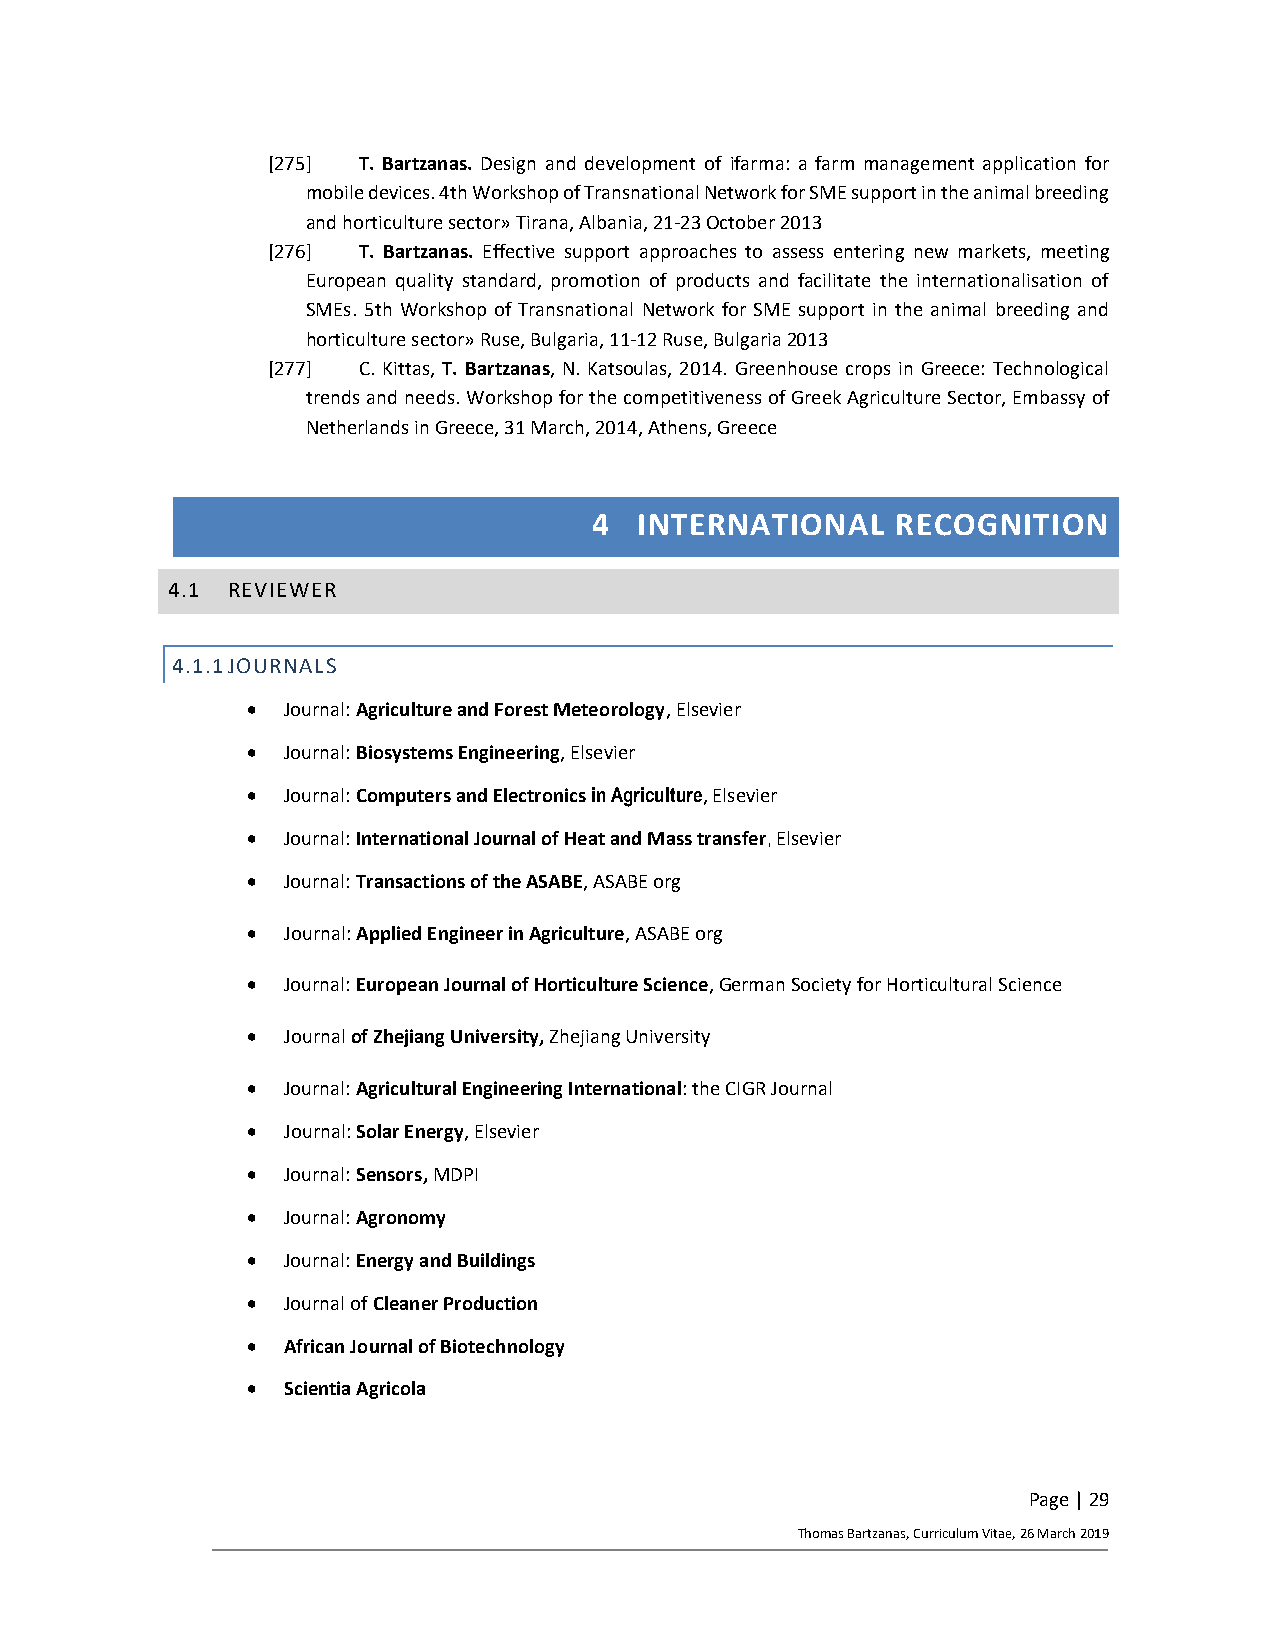
[275] T. Bartzanas. Design and development of ifarma: a farm management application for
 mobile devices. 4th Workshop of Transnational Network for SME support in the animal breeding
 and horticulture sector» Tirana, Albania, 21-23 October 2013
 [276] T. Bartzanas. Effective support approaches to assess entering new markets, meeting
 European quality standard, promotion of products and facilitate the internationalisation of
 SMEs. 5th Workshop of Transnational Network for SME support in the animal breeding and
 horticulture sector» Ruse, Bulgaria, 11-12 Ruse, Bulgaria 2013
 [277] C. Kittas, T. Bartzanas, N. Katsoulas, 2014. Greenhouse crops in Greece: Technological
 trends and needs. Workshop for the competitiveness of Greek Agriculture Sector, Embassy of
 Netherlands in Greece, 31 March, 2014, Athens, Greece
 4  INTERNATIONAL    RECOGNITION
 4.1 REVIEWER
 4.1.1 JOURNALS
 •  Journal: Agriculture and Forest Meteorology, Elsevier
 •  Journal: Biosystems Engineering, Elsevier
 •  Journal: Computers and Electronics in Agriculture, Elsevier
 •  Journal: International Journal of Heat and Mass transfer, Elsevier
 •  Journal: Transactions of the ASABE, ASABE org
 •  Journal: Applied Engineer in Agriculture, ASABE org
 •  Journal: European Journal of Horticulture Science, German Society for Horticultural Science
 •  Journal of Zhejiang University, Zhejiang University
 •  Journal: Agricultural Engineering International: the CIGR Journal
 •  Journal: Solar Energy, Elsevier
 •  Journal: Sensors, MDPI
 •  Journal: Agronomy
 •  Journal: Energy and Buildings
 •  Journal of Cleaner Production
 •  African Journal of Biotechnology
 •  Scientia Agricola
 Page | 29
 Thomas Bartzanas, Curriculum Vitae, 26 March 2019